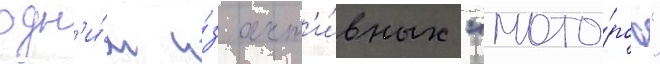
одн'и́м и́з акт'и́вных "мото́ров"